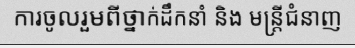
ការចូលរួមពីថ្នាក់ដឹកនាំ និង មន្ត្រីជំនាញ